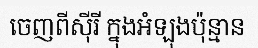
ចេញពីស៊ីរី ក្នុងអំឡុងប៉ុន្មាន